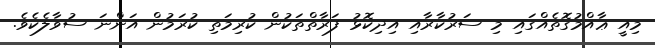
މިއީ ޢާއްމުގޮތެއްގައި މި ސަރުކާރާއި އިދިކޮޅު ފަރާތްތަކުން ކުރިމަތި ކުރަމުން އަންނަ ސުވާލެކެވެ.